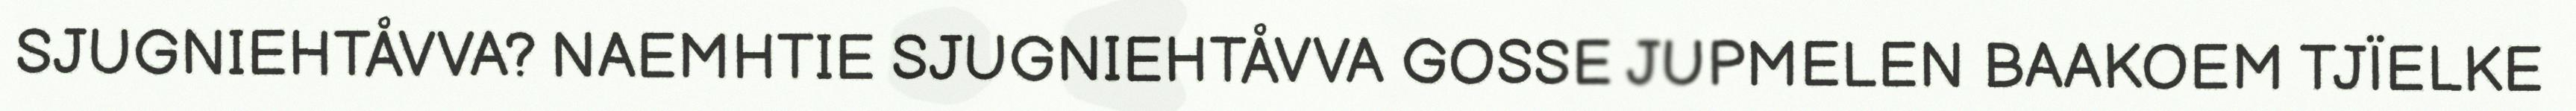
SJUGNIEHTÅVVA? NAEMHTIE SJUGNIEHTÅVVA GOSSE JUPMELEN BAAKOEM TJÏELKE